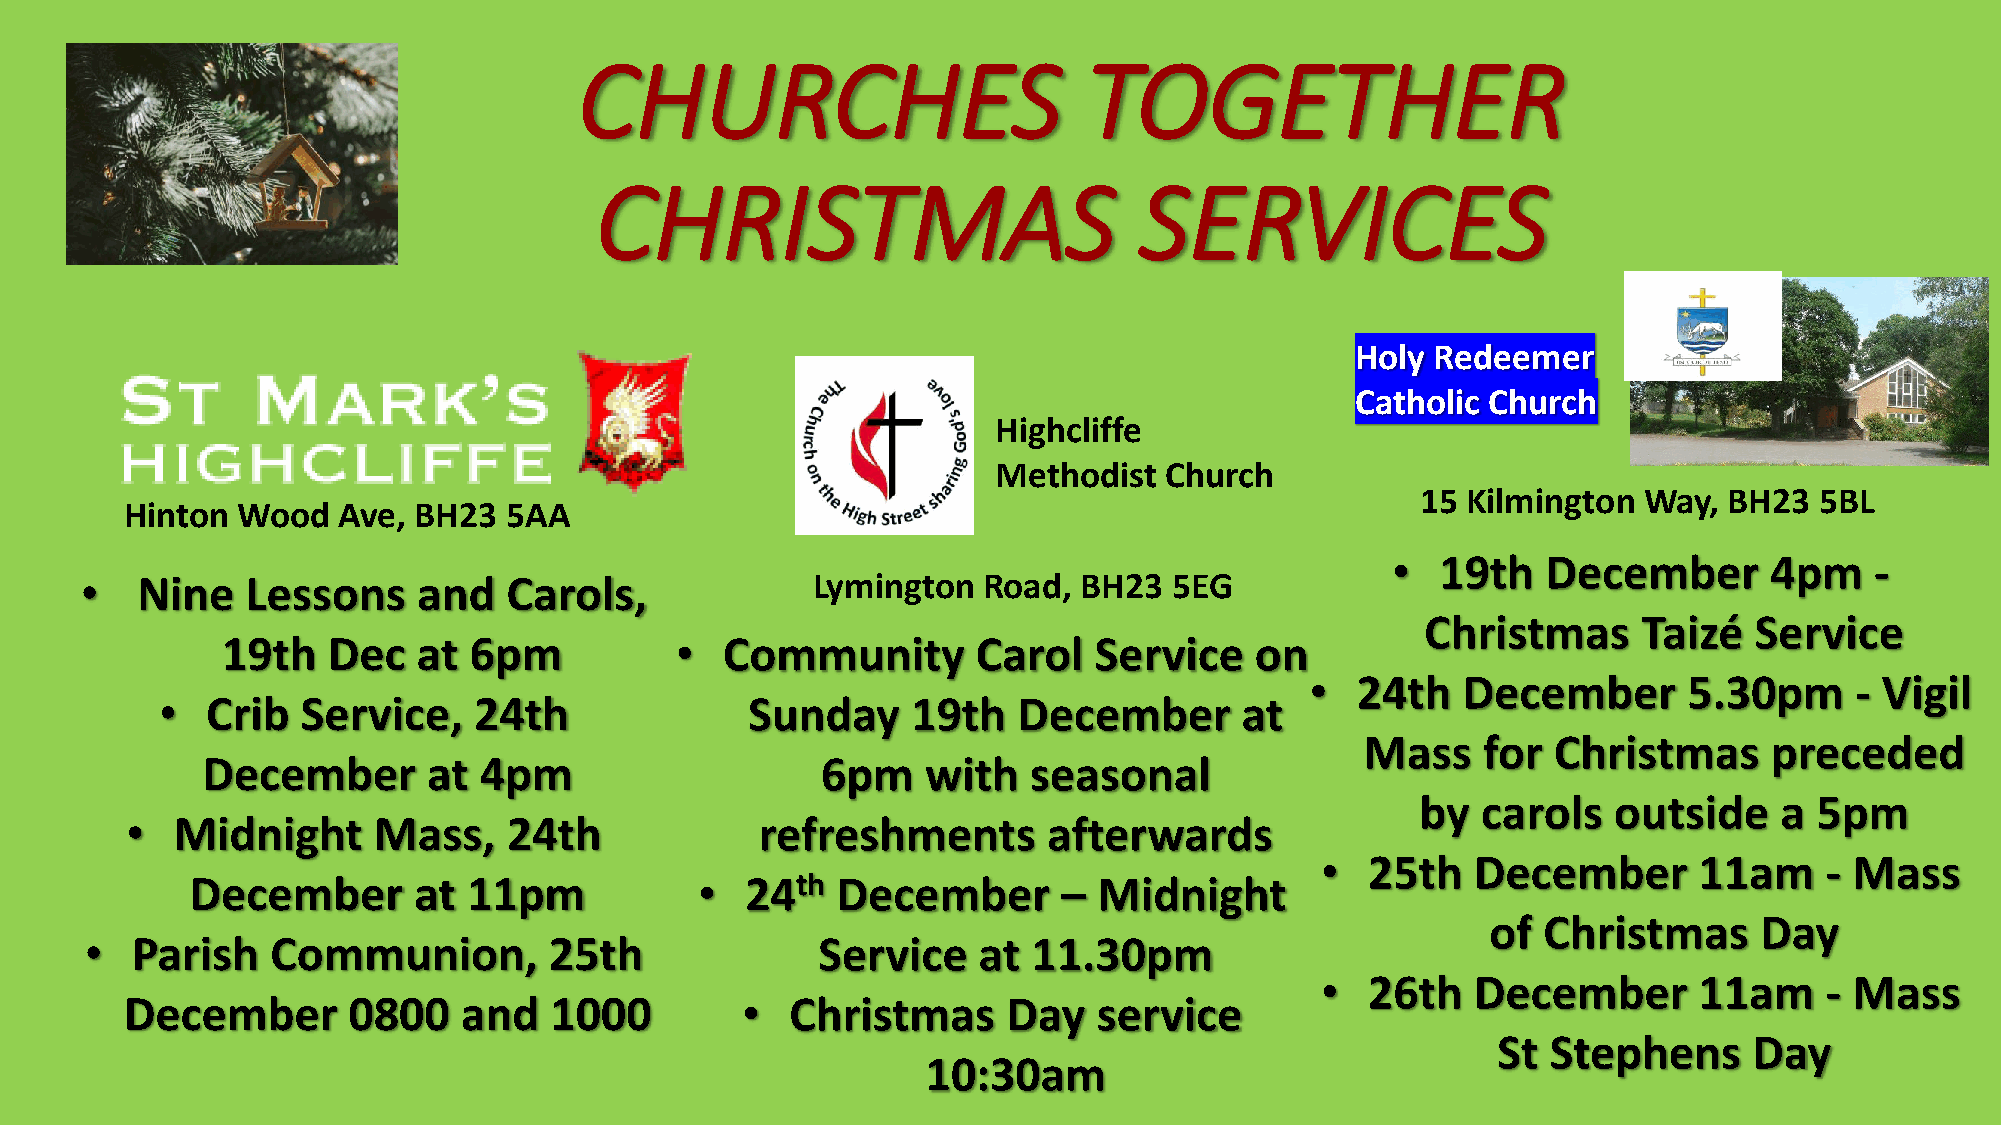
CHURCHES                          TOGETHER
 CHRISTMAS                           SERVICES
 Holy Redeemer
 Catholic Church
 Highcliffe
 Methodist  Church
 15 Kilmington  Way, BH23  5BL
 Hinton  Wood  Ave, BH23   5AA
 •  19th   December       4pm    -
 •   Nine   Lessons     and   Carols,             Lymington  Road,  BH23  5EG
 Christmas      Taizé  Service
 19th   Dec   at 6pm           •  Community        Carol  Service    on
 •  24th   December       5.30pm     - Vigil
 •  Crib  Service,   24th               Sunday    19th   December       at
 Mass    for  Christmas     preceded
 December       at  4pm                   6pm    with   seasonal
 by  carols   outside    a 5pm
 •  Midnight      Mass,    24th            refreshments       afterwards
 •   25th   December      11am     - Mass
 December      at  11pm           •  24th  December       –  Midnight
 of Christmas     Day
 •  Parish   Communion,        25th              Service    at 11.30pm
 •   26th   December      11am     - Mass
 December       0800   and   1000         •  Christmas      Day   service
 St  Stephens     Day
 10:30am